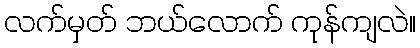
လက်မှတ် ဘယ်လောက် ကုန်ကျလဲ။